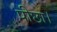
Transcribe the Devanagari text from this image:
पीछा।